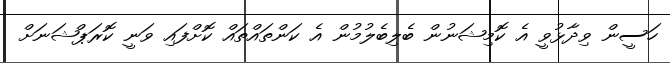
ހަސީން ވިދާޅުވީ އެ ކޮމިޝަނުން ބެލިބެލުމުން އެ ކަންތައްތައް ކޮށްފައި ވަނީ ކޮރަޕްޝަނަށް